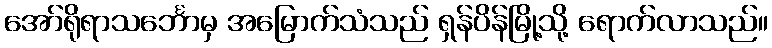
အော်ရိုရာသင်္ဘောမှ အမြောက်သံသည် ရှန်ပိန်မြို့သို့ ရောက်လာသည်။